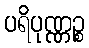
ပရိပုဏ္ဏဉ္စ